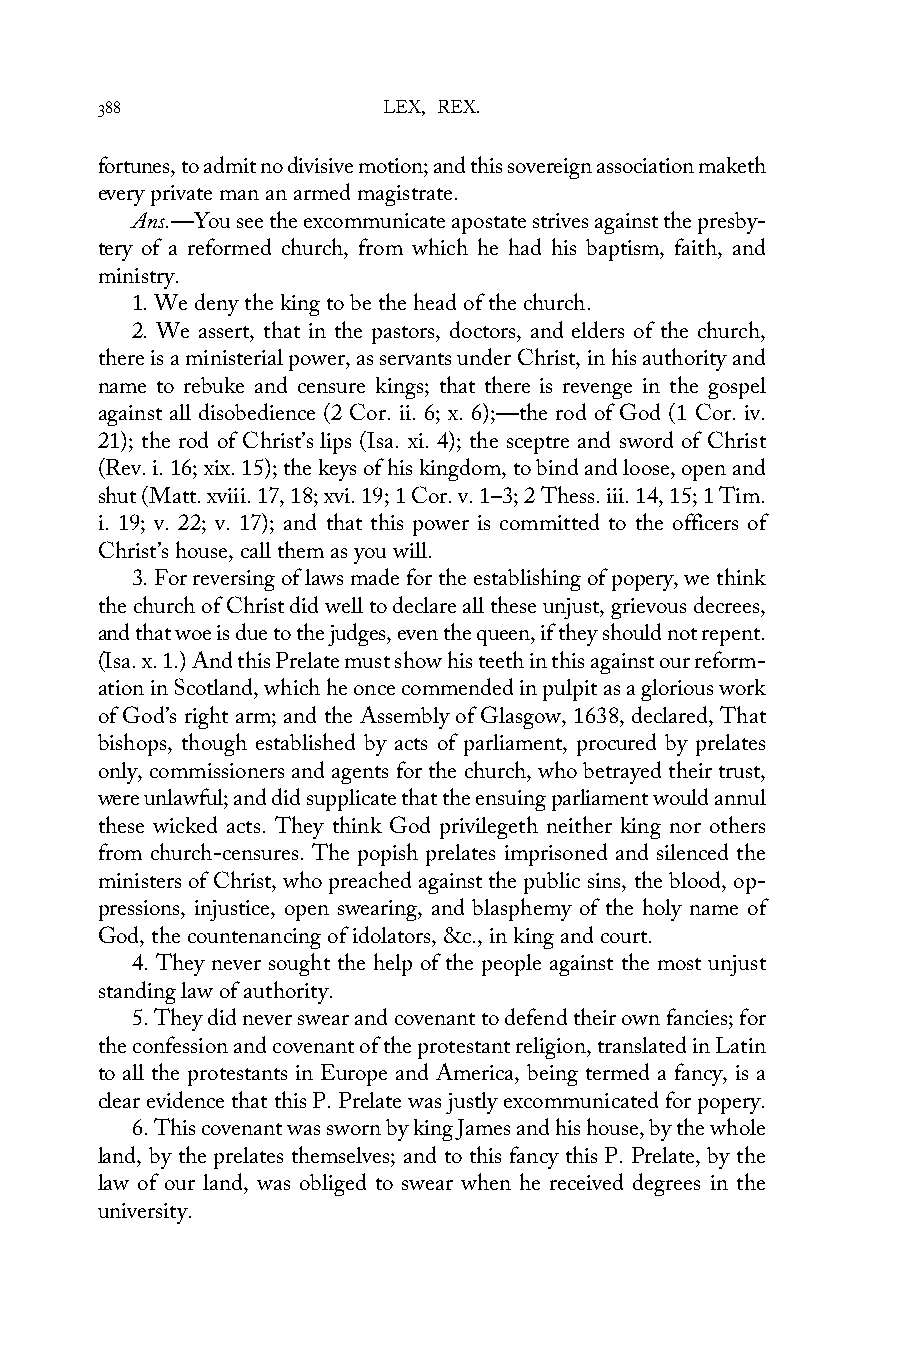
388                LEX, REX.
 fortunes, to admit no divisive motion; and this sovereign association maketh
 every private man an armed magistrate.
 Ans.—You see the excommunicate apostate strives against the presby-
 tery of a reformed church, from which he had his baptism, faith, and
 ministry.
 1. We deny the king to be the head of the church.
 2. We assert, that in the pastors, doctors, and elders of the church,
 there is a ministerial power, as servants under Christ, in his authority and
 name to rebuke and censure kings; that there is revenge in the gospel
 against all disobedience (2 Cor. ii. 6; x. 6);—the rod of God (1 Cor. iv.
 21); the rod of Christ’s lips (Isa. xi. 4); the sceptre and sword of Christ
 (Rev. i. 16; xix. 15); the keys of his kingdom, to bind and loose, open and
 shut (Matt. xviii. 17, 18; xvi. 19; 1 Cor. v. 1–3; 2 Thess. iii. 14, 15; 1 Tim.
 i. 19; v. 22; v. 17); and that this power is committed to the officers of
 Christ’s house, call them as you will.
 3. For reversing of laws made for the establishing of popery, we think
 the church of Christ did well to declare all these unjust, grievous decrees,
 and that woe is due to the judges, even the queen, if they should not repent.
 (Isa. x. 1.) And this Prelate must show his teeth in this against our reform-
 ation in Scotland, which he once commended in pulpit as a glorious work
 of God’s right arm; and the Assembly of Glasgow, 1638, declared, That
 bishops, though established by acts of parliament, procured by prelates
 only, commissioners and agents for the church, who betrayed their trust,
 were unlawful; and did supplicate that the ensuing parliament would annul
 these wicked acts. They think God privilegeth neither king nor others
 from church-censures. The popish prelates imprisoned and silenced the
 ministers of Christ, who preached against the public sins, the blood, op-
 pressions, injustice, open swearing, and blasphemy of the holy name of
 God, the countenancing of idolators, &c., in king and court.
 4. They never sought the help of the people against the most unjust
 standing law of authority.
 5. They did never swear and covenant to defend their own fancies; for
 the confession and covenant of the protestant religion, translated in Latin
 to all the protestants in Europe and America, being termed a fancy, is a
 clear evidence that this P. Prelate was justly excommunicated for popery.
 6. This covenant was sworn by king James and his house, by the whole
 land, by the prelates themselves; and to this fancy this P. Prelate, by the
 law of our land, was obliged to swear when he received degrees in the
 university.